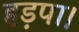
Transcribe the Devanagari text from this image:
हड़पा।